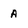
Character: A